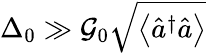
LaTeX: \Delta_{0}\gg\mathcal{G}_{0}\sqrt{\left\langle\hat{a}^{\dagger}\hat{a}\right\rangle}